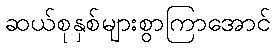
ဆယ်စုနှစ်များစွာကြာအောင်